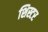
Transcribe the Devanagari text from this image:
शिस्टर